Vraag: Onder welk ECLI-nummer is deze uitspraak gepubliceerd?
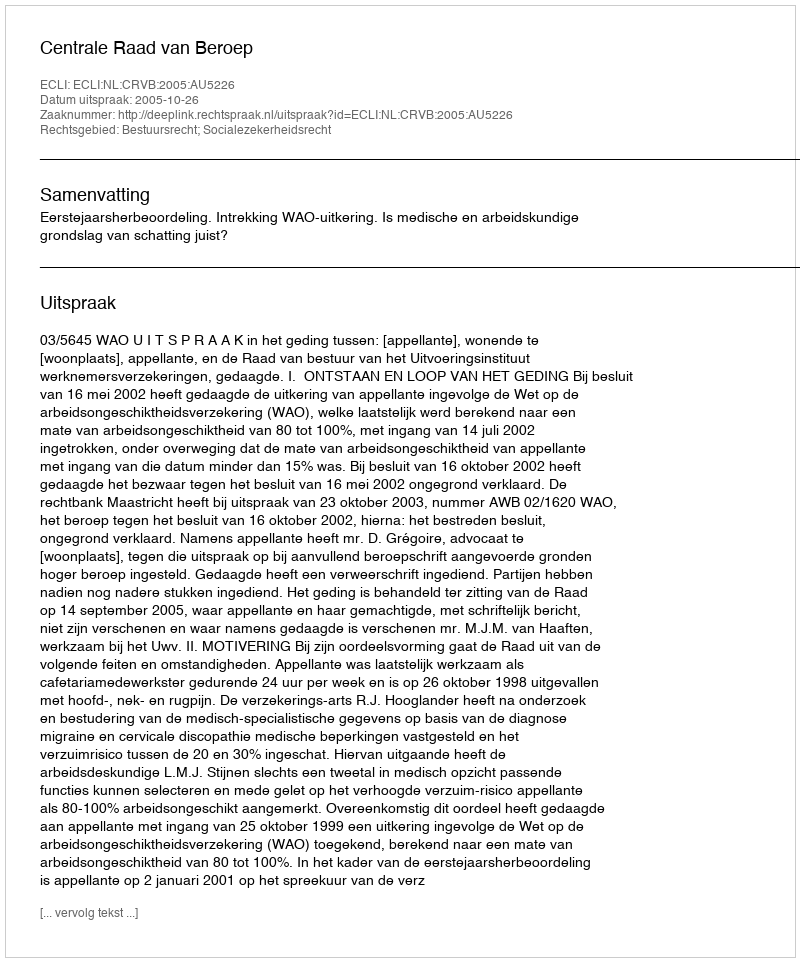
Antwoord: ECLI:NL:CRVB:2005:AU5226